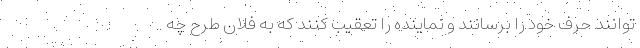
توانند حرف خود را برسانند و نماینده را تعقیب کنند که به فلان طرح چه